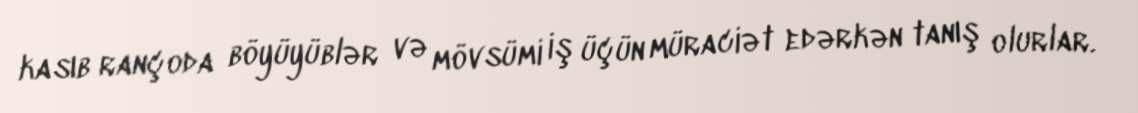
kasıb rançoda böyüyüblər və mövsümi iş üçün müraciət edərkən tanış olurlar.